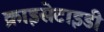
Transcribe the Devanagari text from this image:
क्राइसेटाइडी